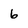
Character: 6